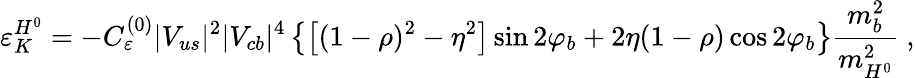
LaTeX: \varepsilon_{K}^{H^{0}}=-C_{\varepsilon}^{(0)}|V_{us}|^{2}|V_{cb}|^{4}\left\{ \left[(1-\rho)^{2}-\eta^{2}\right]\sin 2\varphi_{b}+2\eta(1-\rho)\cos 2\varphi_{b}\right\} \frac{m_{b}^{2}}{m_{H^{0}}^{2}}\ ,